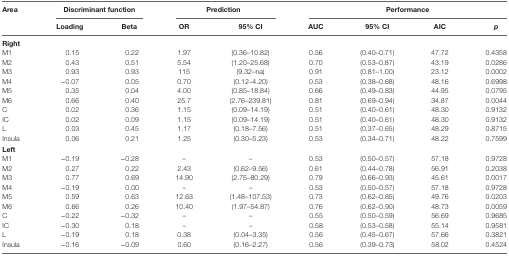
<table><thead><tr><td rowspan="2"><b>Area</b></td><td colspan="2"><b>Discriminant function</b></td><td colspan="2"><b>Prediction</b></td><td colspan="4"><b>Performance</b></td></tr><tr><td><b>Loading</b></td><td><b>Beta</b></td><td><b>OR</b></td><td><b>95% CI</b></td><td><b>AUC</b></td><td><b>95% CI</b></td><td><b>AIC</b></td><td><b><i>p</i></b></td></tr></thead><tbody><tr><td colspan="9"><b>Right</b></td></tr><tr><td>M1</td><td>0.15</td><td>0.22</td><td>1.97</td><td>(0.36–10.82)</td><td>0.56</td><td>(0.40–0.71)</td><td>47.72</td><td>0.4358</td></tr><tr><td>M2</td><td>0.43</td><td>0.51</td><td>5.54</td><td>(1.20–25.68)</td><td>0.70</td><td>(0.53–0.87)</td><td>43.19</td><td>0.0286</td></tr><tr><td>M3</td><td>0.93</td><td>0.93</td><td>115</td><td>(9.32–na)</td><td>0.91</td><td>(0.81–1.00)</td><td>23.12</td><td>0.0002</td></tr><tr><td>M4</td><td>−0.07</td><td>0.05</td><td>0.70</td><td>(0.12–4.20)</td><td>0.53</td><td>(0.38–0.68)</td><td>48.16</td><td>0.6998</td></tr><tr><td>M5</td><td>0.35</td><td>0.04</td><td>4.00</td><td>(0.85–18.84)</td><td>0.66</td><td>(0.49–0.83)</td><td>44.95</td><td>0.0795</td></tr><tr><td>M6</td><td>0.66</td><td>0.40</td><td>25.7</td><td>(2.76–239.81)</td><td>0.81</td><td>(0.69–0.94)</td><td>34.87</td><td>0.0044</td></tr><tr><td>C</td><td>0.02</td><td>0.36</td><td>1.15</td><td>(0.09–14.19)</td><td>0.51</td><td>(0.40–0.61)</td><td>48.30</td><td>0.9132</td></tr><tr><td>IC</td><td>0.02</td><td>0.09</td><td>1.15</td><td>(0.09–14.19)</td><td>0.51</td><td>(0.40–0.61)</td><td>48.30</td><td>0.9132</td></tr><tr><td>L</td><td>0.03</td><td>0.45</td><td>1.17</td><td>(0.18–7.56)</td><td>0.51</td><td>(0.37–0.65)</td><td>48.29</td><td>0.8715</td></tr><tr><td>Insula</td><td>0.06</td><td>0.21</td><td>1.25</td><td>(0.30–5.23)</td><td>0.53</td><td>(0.34–0.71)</td><td>48.22</td><td>0.7599</td></tr><tr><td><b>Left</b></td><td></td><td></td><td></td><td></td><td></td><td></td><td></td><td></td></tr><tr><td>M1</td><td>−0.19</td><td>−0.28</td><td>–</td><td>–</td><td>0.53</td><td>(0.50–0.57)</td><td>57.18</td><td>0.9728</td></tr><tr><td>M2</td><td>0.27</td><td>0.22</td><td>2.43</td><td>(0.62–9.56)</td><td>0.61</td><td>(0.44–0.78)</td><td>56.91</td><td>0.2038</td></tr><tr><td>M3</td><td>0.77</td><td>0.69</td><td>14.90</td><td>(2.75–80.29)</td><td>0.79</td><td>(0.66–0.93)</td><td>45.61</td><td>0.0017</td></tr><tr><td>M4</td><td>−0.19</td><td>0.00</td><td>–</td><td>–</td><td>0.53</td><td>(0.50–0.57)</td><td>57.18</td><td>0.9728</td></tr><tr><td>M5</td><td>0.59</td><td>0.63</td><td>12.63</td><td>(1.48–107.53)</td><td>0.73</td><td>(0.62–0.85)</td><td>49.76</td><td>0.0203</td></tr><tr><td>M6</td><td>0.66</td><td>0.26</td><td>10.40</td><td>(1.97–54.87)</td><td>0.76</td><td>(0.62–0.90)</td><td>48.73</td><td>0.0059</td></tr><tr><td>C</td><td>−0.22</td><td>−0.32</td><td>–</td><td>–</td><td>0.55</td><td>(0.50–0.59)</td><td>56.69</td><td>0.9685</td></tr><tr><td>IC</td><td>−0.30</td><td>0.18</td><td>–</td><td>–</td><td>0.58</td><td>(0.53–0.58)</td><td>55.14</td><td>0.9581</td></tr><tr><td>L</td><td>−0.19</td><td>0.18</td><td>0.38</td><td>(0.04–3.35)</td><td>0.56</td><td>(0.45–0.67)</td><td>57.66</td><td>0.3821</td></tr><tr><td>Insula</td><td>−0.16</td><td>−0.09</td><td>0.60</td><td>(0.16–2.27)</td><td>0.56</td><td>(0.39–0.73)</td><td>58.02</td><td>0.4524</td></tr></tbody></table>